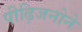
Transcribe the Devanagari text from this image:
पीढ़िजनोने